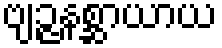
ဗျဉ္ဇနစ္ဆာယာယ